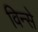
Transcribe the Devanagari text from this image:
विन्से